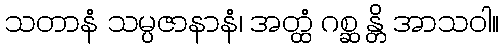
သတာနံ သမ္ပဇာနာနံ၊ အတ္ထံ ဂစ္ဆ န္တိ အာသဝါ။